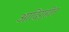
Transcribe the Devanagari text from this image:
आदिगृहीत